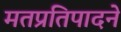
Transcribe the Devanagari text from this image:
मतप्रतिपादने